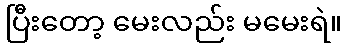
ပြီးတော့ မေးလည်း မမေးရဲ။